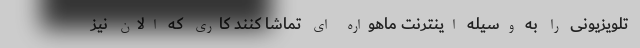
تلویزیونی را به وسیله اینترنت ماهواره ای تماشا کنند کاری که الان نیز